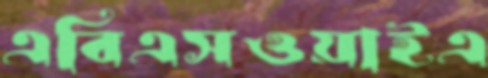
এবিএসওয়াইএ